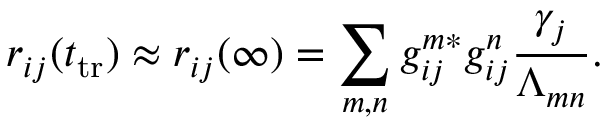
r _ { i j } ( t _ { \mathrm { t r } } ) \approx r _ { i j } ( \infty ) = \sum _ { m , n } g _ { i j } ^ { m * } g _ { i j } ^ { n } \frac { \gamma _ { j } } { \Lambda _ { m n } } .